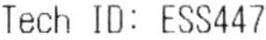
TECH ID: ESS447